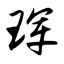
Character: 珲